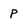
Character: p